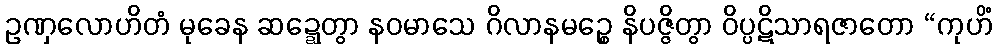
ဥဏှလောဟိတံ မုခေန ဆဍ္ဍေတွာ နဝမာသေ ဂိလာနမဉ္စေ နိပဇ္ဇိတွာ ဝိပ္ပဋိသာရဇာတော “ကုဟိံ